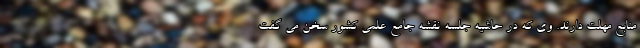
منابع مهلت دارند. وی که در حاشیه جلسه نقشه جامع علمی کشور سخن می گفت